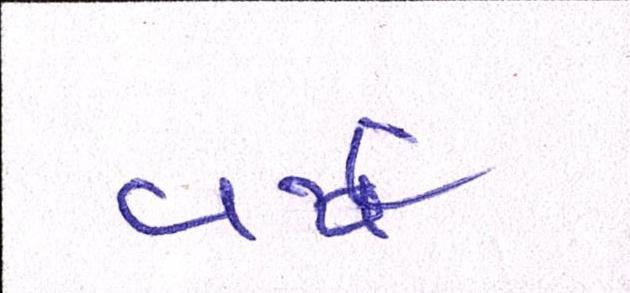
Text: વર્ષ